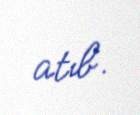
atıb.